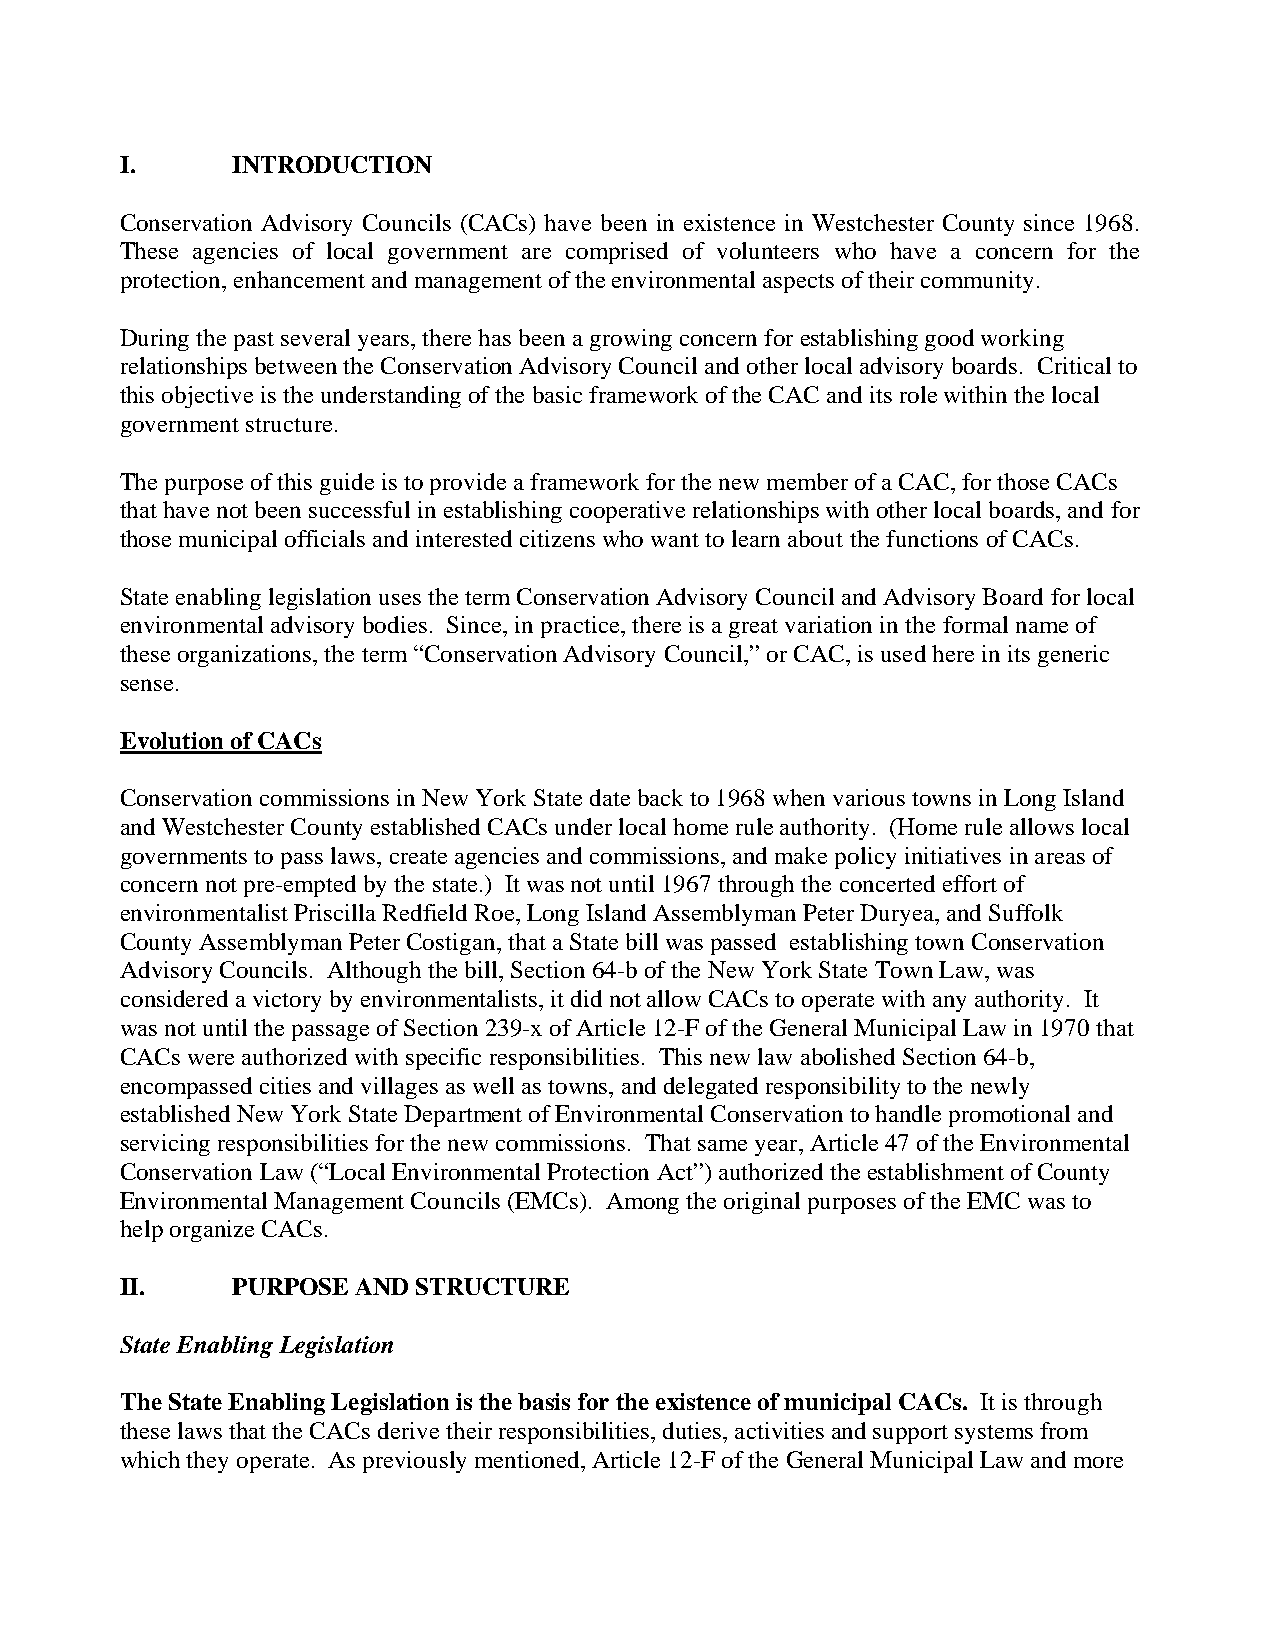
I.     INTRODUCTION
 Conservation Advisory Councils (CACs) have been in existence in Westchester County since 1968.
 These agencies of local government are comprised of volunteers who have a concern for the
 protection, enhancement and management of the environmental aspects of their community.
 During the past several years, there has been a growing concern for establishing good working
 relationships between the Conservation Advisory Council and other local advisory boards. Critical to
 this objective is the understanding of the basic framework of the CAC and its role within the local
 government structure.
 The purpose of this guide is to provide a framework for the new member of a CAC, for those CACs
 that have not been successful in establishing cooperative relationships with other local boards, and for
 those municipal officials and interested citizens who want to learn about the functions of CACs.
 State enabling legislation uses the term Conservation Advisory Council and Advisory Board for local
 environmental advisory bodies. Since, in practice, there is a great variation in the formal name of
 these organizations, the term “Conservation Advisory Council,” or CAC, is used here in its generic
 sense.
 Evolution of CACs
 Conservation commissions in New York State date back to 1968 when various towns in Long Island
 and Westchester County established CACs under local home rule authority. (Home rule allows local
 governments to pass laws, create agencies and commissions, and make policy initiatives in areas of
 concern not pre-empted by the state.) It was not until 1967 through the concerted effort of
 environmentalist Priscilla Redfield Roe, Long Island Assemblyman Peter Duryea, and Suffolk
 County Assemblyman Peter Costigan, that a State bill was passed establishing town Conservation
 Advisory Councils. Although the bill, Section 64-b of the New York State Town Law, was
 considered a victory by environmentalists, it did not allow CACs to operate with any authority. It
 was not until the passage of Section 239-x of Article 12-F of the General Municipal Law in 1970 that
 CACs were authorized with specific responsibilities. This new law abolished Section 64-b,
 encompassed cities and villages as well as towns, and delegated responsibility to the newly
 established New York State Department of Environmental Conservation to handle promotional and
 servicing responsibilities for the new commissions. That same year, Article 47 of the Environmental
 Conservation Law (“Local Environmental Protection Act”) authorized the establishment of County
 Environmental Management Councils (EMCs). Among the original purposes of the EMC was to
 help organize CACs.
 II.    PURPOSE  AND STRUCTURE
 State Enabling Legislation
 The State Enabling Legislation is the basis for the existence of municipal CACs. It is through
 these laws that the CACs derive their responsibilities, duties, activities and support systems from
 which they operate. As previously mentioned, Article 12-F of the General Municipal Law and more